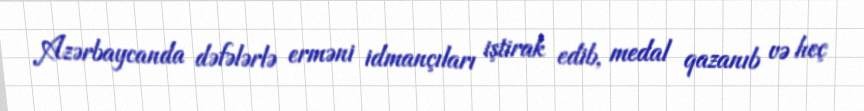
Azərbaycanda dəfələrlə erməni idmançıları iştirak edib, medal qazanıb və heç